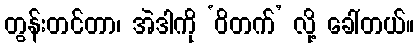
တွန်းတင်တာ၊ အဲဒါကို ‘ဝိတက်’ လို့ ခေါ်တယ်။